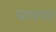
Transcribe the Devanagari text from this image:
धम्मपट